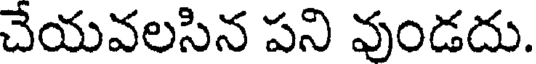
చేయవలసిన పని వుండదు.